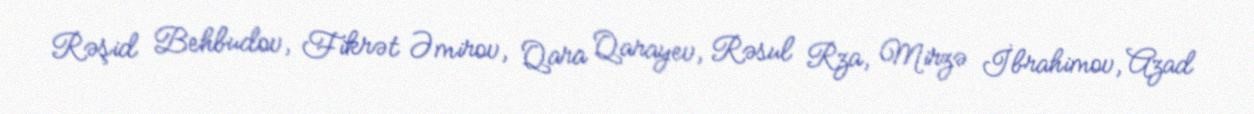
Rəşid Behbudov, Fikrət Əmirov, Qara Qarayev, Rəsul Rza, Mirzə İbrahimov, Azad